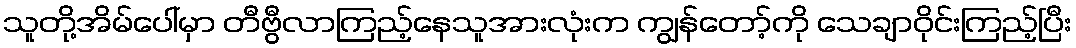
သူတို့အိမ်ပေါ်မှာ တီဗွီလာကြည့်နေသူအားလုံးက ကျွန်တော့်ကို သေချာဝိုင်းကြည့်ပြီး